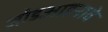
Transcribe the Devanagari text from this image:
जोडआडनावे